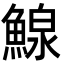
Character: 鰁